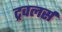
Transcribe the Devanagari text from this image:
ट्रवलर्स